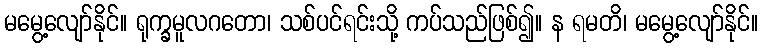
မမွေ့လျော်နိုင်။ ရုက္ခမူလဂတော၊ သစ်ပင်ရင်းသို့ ကပ်သည်ဖြစ်၍။ န ရမတိ၊ မမွေ့လျော်နိုင်။